Black-water fever - Number 35
Disease focus: Fever
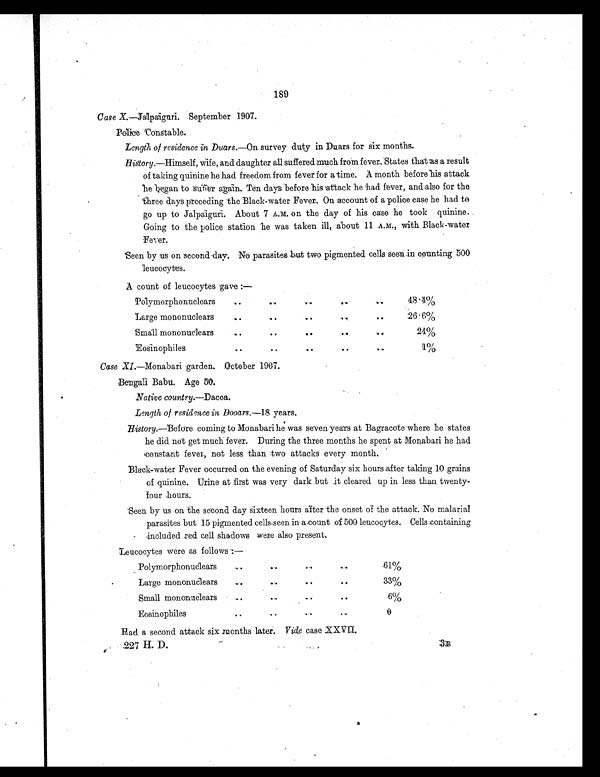
189
Case X.—Jalpaiguri. September 1907.
Police Constable.
Length of residence in Duars. —On survey duty in Duars for six months.
History.—Himself, Wife, and daughter all suffered much from fever. States that as a result
of taking quinine he had freedom from fever for a time. A month before attack
he began to suffer again. Ten days before his attack he had fever, and also for the
three days preceding the Black-water Fever. On account of a police case he had to
go up to Jalpaiguri. About 7 A.M. on the day of his case he took quinine.
Going to the police station he was taken ill, about 11 A.M., with Black-water
Fever.
Seen by us on second day. No parasites but two pigmented cells seen in counting 500
leucocytes.
A count of leucocytes gave :—
Polymorphonuclears
..
..
..
.. ..
48.4%
Large mononuclears
..
..
..
..
..
26.6%
Small mononuclears
..
.. .. .. ..
24%
Eosinophiles
.. .. .. .. ..
1%
Case XI.—Monabari garden. October 1907.
Bengali Babu. Age 50.
Native country.—Dacca.
Length of residence in Dooars.—18 years.
History.—Before coming to Monabari he was seven years at Bagracote where he states
he did not get much fever. During the three months he spent at Monabari he had
constant fever, not less than two attacks every month.
Black-water Fever occurred on the evening of Saturday six hours after taking 10 grains
of quinine. Urine at first was very dark but it cleared up in less than twenty-
four hours.
Seen by us on the second day Sixteen hours after the onset of the attack. No malarial
parasites but 15 pigmented cells seen in account of 500 leucocytes. Cells containing
included red cell shadows were also present.
Leucocytes were as follows :—
Polymorphonuclears
. .
. .
...
..
61%
Large mononuclears ..
..
. .
. .
33%
Small mononuclears
.. ..
..
. .
6%
Eosinophiles
..
. .
..
. .
0
Had a second attack six months later. Vide case XXVII.
227 H. D.
3
B